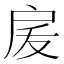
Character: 𭠅